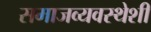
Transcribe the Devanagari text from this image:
समाजव्यवस्थेशी